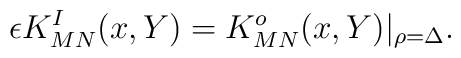
\epsilon K_{MN}^I (x,Y)= K_{MN}^o (x,Y)\vert_{\rho=\Delta}.